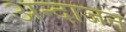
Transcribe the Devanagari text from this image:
अन्दाजन